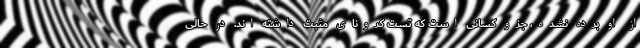
از او برده نشده، جزو کسانی است که تست کرونای مثبت داشته اند. در حالی